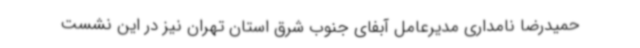
حمیدرضا نامداری مدیرعامل آبفای جنوب شرق استان تهران نیز در این نشست